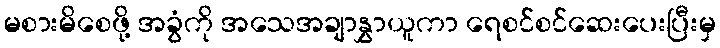
မစားမိစေဖို့ အခွံကို အသေအချာနွှာယူကာ ရေစင်စင်ဆေးပေးပြီးမှ